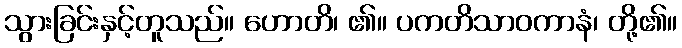
သွားခြင်းနှင့်တူသည်။ ဟောတိ၊ ၏။ ပကတိသာဝကာနံ၊ တို့၏။